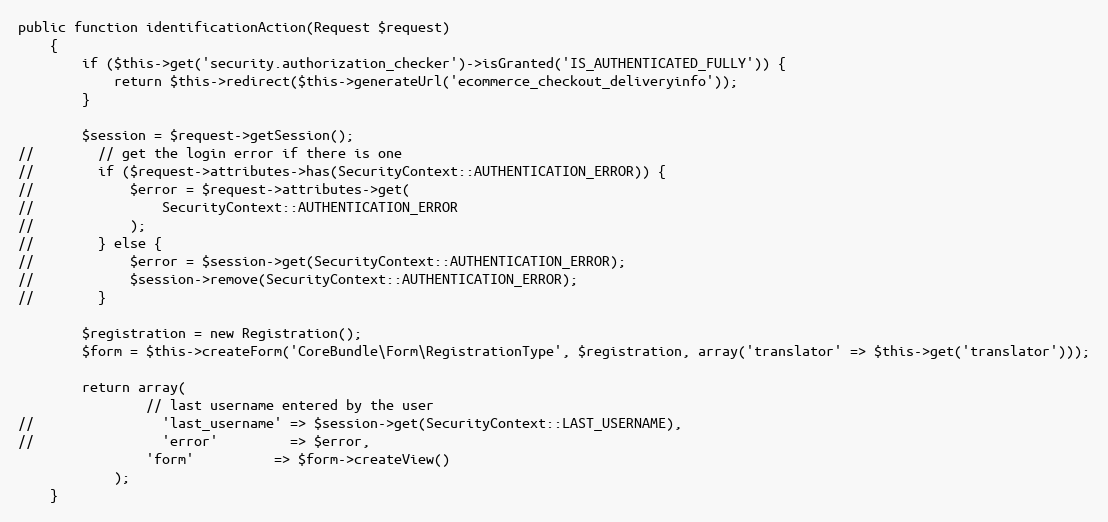
Language: PHP
public function identificationAction(Request $request)
    {
        if ($this->get('security.authorization_checker')->isGranted('IS_AUTHENTICATED_FULLY')) {
            return $this->redirect($this->generateUrl('ecommerce_checkout_deliveryinfo'));
        }

        $session = $request->getSession();
//        // get the login error if there is one
//        if ($request->attributes->has(SecurityContext::AUTHENTICATION_ERROR)) {
//            $error = $request->attributes->get(
//                SecurityContext::AUTHENTICATION_ERROR
//            );
//        } else {
//            $error = $session->get(SecurityContext::AUTHENTICATION_ERROR);
//            $session->remove(SecurityContext::AUTHENTICATION_ERROR);
//        }

        $registration = new Registration();
        $form = $this->createForm('CoreBundle\Form\RegistrationType', $registration, array('translator' => $this->get('translator')));

        return array(
                // last username entered by the user
//                'last_username' => $session->get(SecurityContext::LAST_USERNAME),
//                'error'         => $error,
                'form'          => $form->createView()
            );
    }